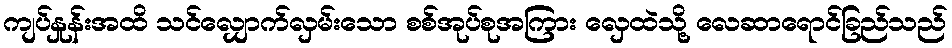
ကျပ်နှုန်းအထိ သင်လျှောက်လှမ်းသော စစ်အုပ်စုအကြား လှေထဲသို့ လေဆာရောင်ခြည်သည်